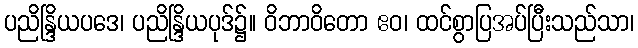
ပညိန္ဒြိယပဒေ၊ ပညိန္ဒြိယပုဒ်၌။ ဝိဘာဝိတော ဧဝ၊ ထင်စွာပြအပ်ပြီးသည်သာ၊